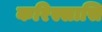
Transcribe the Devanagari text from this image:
करिस्सासि